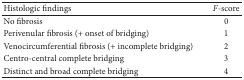
| Histologic findings | F-score |
 | --- | --- |
 | No fibrosis | 0 |
 | Perivenular fibrosis (+ onset of bridging) | 1 |
 | Venocircumferential fibrosis (+ incomplete bridging) | 2 |
 | Centro-central complete bridging | 3 |
 | Distinct and broad complete bridging | 4 |